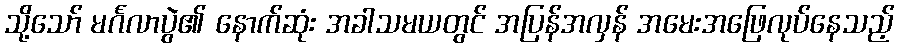
သို့သော် မင်္ဂလာပွဲ၏ နောက်ဆုံး အခါသမယတွင် အပြန်အလှန် အမေးအဖြေလုပ်နေသည့်